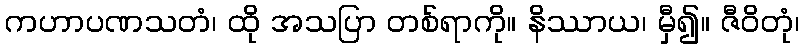
ကဟာပဏသတံ၊ ထို အသပြာ တစ်ရာကို။ နိဿာယ၊ မှီ၍။ ဇီဝိတုံ၊